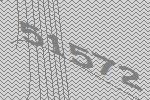
51572